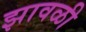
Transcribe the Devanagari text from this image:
झावळी